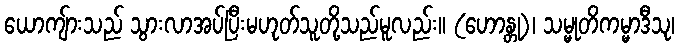
ယောကျ်ားသည် သွားလာအပ်ပြီးမဟုတ်သူတို့သည်မူလည်း။ (ဟောန္တု)၊ သမ္မုတိကမ္မာဒီသု၊